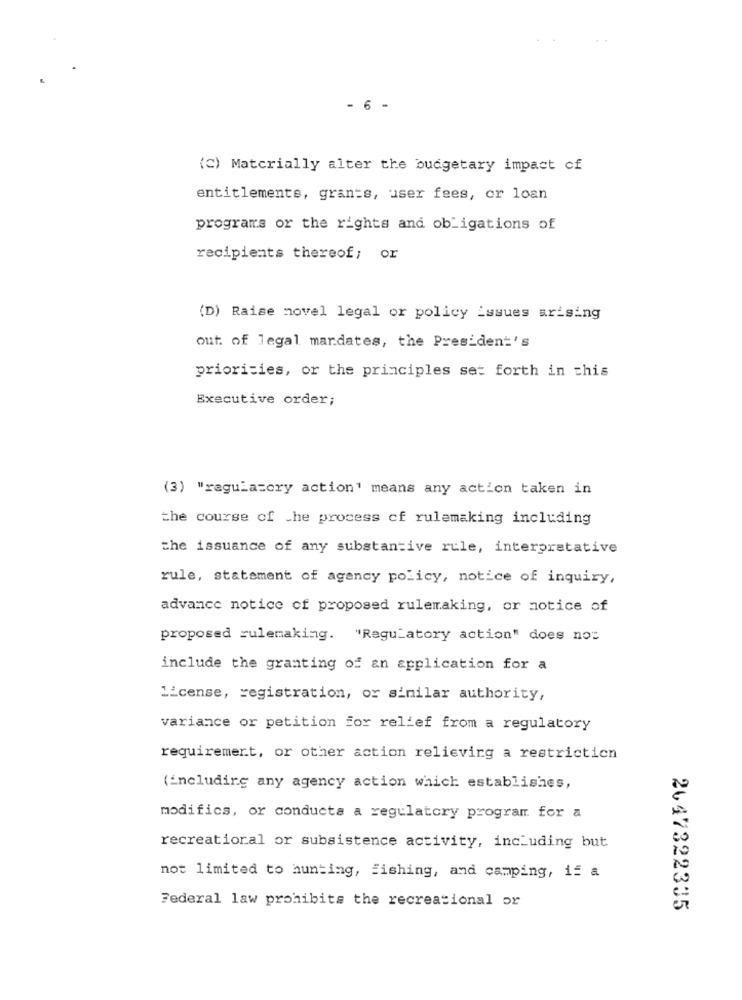
- 6 -
(C) Materially alter the budgetary impact cf
entitlements, grants, user fees, or loan
programs or the rights and obligations of
recipients thereof; or
(D) Raise novel legal or policy issues arising
out of legal mardates, the President's
priorities, or the principles set forth in this
Executive order;
(3) "regulatory action' means any action taken in
the course of the process of rulemaking including
the issuance of any substantive rule, interpretative
rule, statement of agency policy, notice of inquiry,
advance notice of proposed rulemaking, or notice of
proposed rulemaking. "Regulatory action" does not
include the granting of an application for a
License, registration, or similar authority,
variance or petition for relief from a regulatory
requirement, or other action relieving a restriction
(including any agency action which establishes,
modifics, or conducts a regulatory program for a
recreational or subsistence activity, including but
not limited to hunting, fishing, and camping, if a
Federal law prohibits the recreational or
2647322335